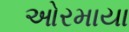
ઓરમાયા